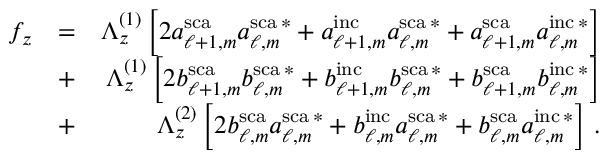
\begin{array} { r l r } { f _ { z } } & { = } & { \Lambda _ { z } ^ { ( 1 ) } \left[ 2 a _ { \ell + 1 , m } ^ { \mathrm { s c a } } a _ { \ell , m } ^ { \mathrm { s c a } \, * } + a _ { \ell + 1 , m } ^ { \mathrm { i n c } } a _ { \ell , m } ^ { \mathrm { s c a } \, * } + a _ { \ell + 1 , m } ^ { \mathrm { s c a } } a _ { \ell , m } ^ { \mathrm { i n c } \, * } \right] } \\ & { + } & { \Lambda _ { z } ^ { ( 1 ) } \left[ 2 b _ { \ell + 1 , m } ^ { \mathrm { s c a } } b _ { \ell , m } ^ { \mathrm { s c a } \, * } + b _ { \ell + 1 , m } ^ { \mathrm { i n c } } b _ { \ell , m } ^ { \mathrm { s c a } \, * } + b _ { \ell + 1 , m } ^ { \mathrm { s c a } } b _ { \ell , m } ^ { \mathrm { i n c } \, * } \right] } \\ & { + } & { \Lambda _ { z } ^ { ( 2 ) } \left[ 2 b _ { \ell , m } ^ { \mathrm { s c a } } a _ { \ell , m } ^ { \mathrm { s c a } \, * } + b _ { \ell , m } ^ { \mathrm { i n c } } a _ { \ell , m } ^ { \mathrm { s c a } \, * } + b _ { \ell , m } ^ { \mathrm { s c a } } a _ { \ell , m } ^ { \mathrm { i n c } \, * } \right] \, . } \end{array}